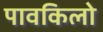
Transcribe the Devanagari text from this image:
पावकिलो